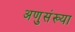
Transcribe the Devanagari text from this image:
अणुसंख्या